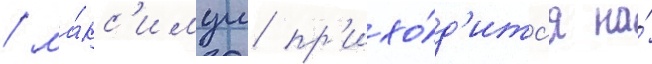
/ ма́кс'имум пр'ихо́д'итс'я на́